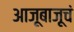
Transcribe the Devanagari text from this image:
आजूबाजूचं